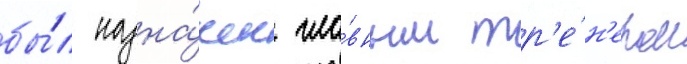
бы́л назна́чен гла́вным тр'е́н'ером